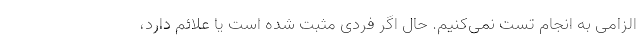
الزامی به انجام تست نمی‌کنیم. حال اگر فردی مثبت شده است یا علائم دارد،